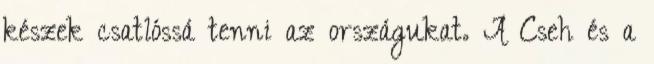
készek csatlóssá tenni az országukat. A Cseh és a